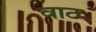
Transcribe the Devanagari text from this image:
वाठ